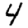
Digit: 4